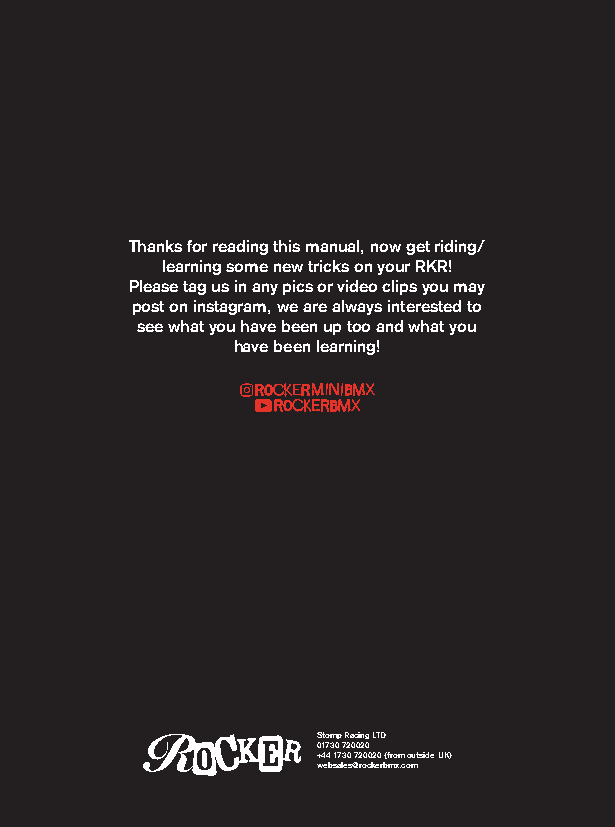
Thanks for reading this manual, now get riding/
 learning some new tricks on your RKR!
 Please tag us in any pics or video clips you may
 post on instagram, we are always interested to
 see what you have been up too and what you
 have been learning!
 Stomp Racing LTD
 01730 720020
 +44 1730 720020 (from outside UK)
 websales@rockerbmx.com